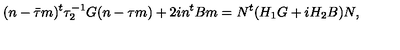
( n - \bar { \tau } m ) ^ { t } \tau _ { 2 } ^ { - 1 } G ( n - \tau m ) + 2 i n ^ { t } B m = N ^ { t } ( H _ { 1 } G + i H _ { 2 } B ) N ,